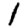
Digit: 1